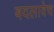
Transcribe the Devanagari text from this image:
बदलावेच